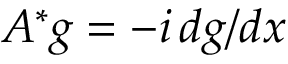
A ^ { * } g = - i \, d g / d x